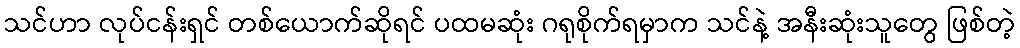
သင်ဟာ လုပ်ငန်းရှင် တစ်ယောက်ဆိုရင် ပထမဆုံး ဂရုစိုက်ရမှာက သင်နဲ့ အနီးဆုံးသူတွေ ဖြစ်တဲ့